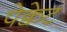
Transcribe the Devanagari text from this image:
पेक्वेट